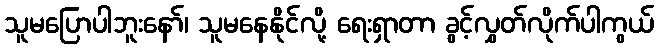
သူမပြောပါဘူးနော်၊ သူမနေနိုင်လို့ ရေးရှာတာ ခွင့်လွှတ်လိုက်ပါကွယ်